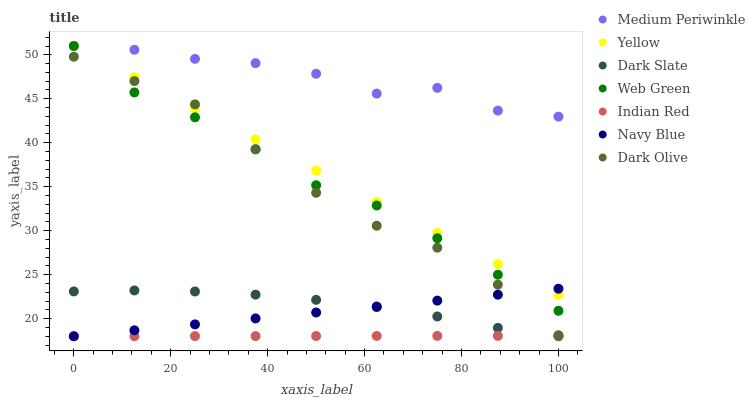
| xaxis_label | Medium Periwinkle | Yellow | Dark Slate | Web Green | Indian Red | Navy Blue | Dark Olive |
 | --- | --- | --- | --- | --- | --- | --- | --- |
 | 0 | 51 | 51 | 23.1 | 51 | 18 | 18 | 49.8 |
 | 12.5 | 50.6 | 47.5 | 23.2 | 45.7 | 18 | 18.7 | 47 |
 | 25 | 49.5 | 43.9 | 23.1 | 42.9 | 18 | 19.4 | 44.4 |
 | 37.5 | 49.1 | 40.4 | 22.7 | 39.2 | 18 | 20 | 39.3 |
 | 50 | 47.8 | 36.8 | 22.1 | 35.2 | 18 | 20.7 | 34.3 |
 | 62.5 | 45.6 | 33.3 | 21.3 | 32.9 | 18 | 21.4 | 30.6 |
 | 75 | 46.2 | 29.8 | 20.2 | 29.1 | 18 | 22.1 | 28.1 |
 | 87.5 | 43.7 | 26.2 | 18.9 | 25 | 18 | 22.7 | 23.9 |
 | 100 | 43 | 22.7 | 18 | 20.9 | 18.1 | 23.4 | 18.1 |